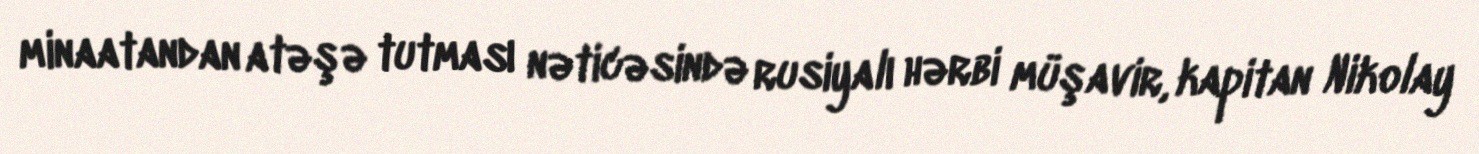
minaatandan atəşə tutması nəticəsində rusiyalı hərbi müşavir, kapitan Nikolay